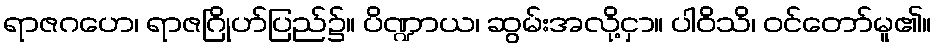
ရာဇဂဟေ၊ ရာဇဂြိုဟ်ပြည်၌။ ပိဏ္ဍာယ၊ ဆွမ်းအလို့ငှာ။ ပါဝိသိ၊ ဝင်တော်မူ၏။